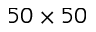
5 0 \times 5 0